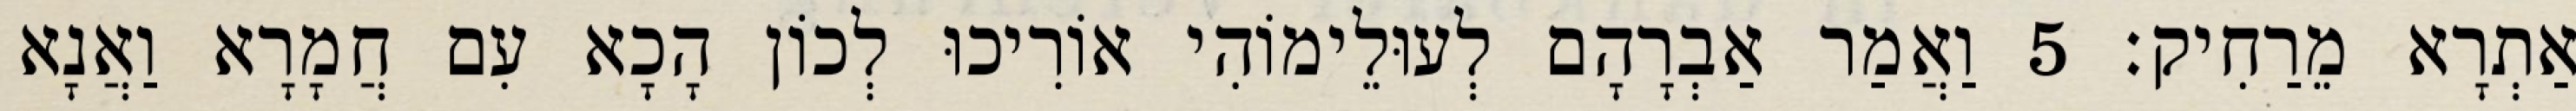
אַתְרָא מֵרַחִיק׃ 5 וַאֲמַר אַבְרָהָם לְעוּלֵימוֹהִי אוֹרִיכוּ לְכוֹן הָכָא עִם חֲמָרָא וַאֲנָא